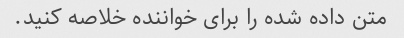
متن داده شده را برای خواننده خلاصه کنید.